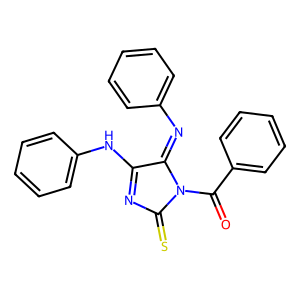
SMILES: O=C(c1ccccc1)N1C(=S)N=C(Nc2ccccc2)C1=Nc1ccccc1
Inhibits HIV replication: No